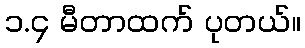
၁.၄ မီတာထက် ပုတယ်။